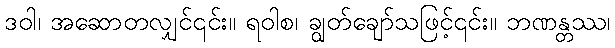
ဒဝါ၊ အဆောတလျှင်၎င်း။ ရဝါစ၊ ချွတ်ချော်သဖြင့်၎င်း။ ဘဏန္တဿ၊